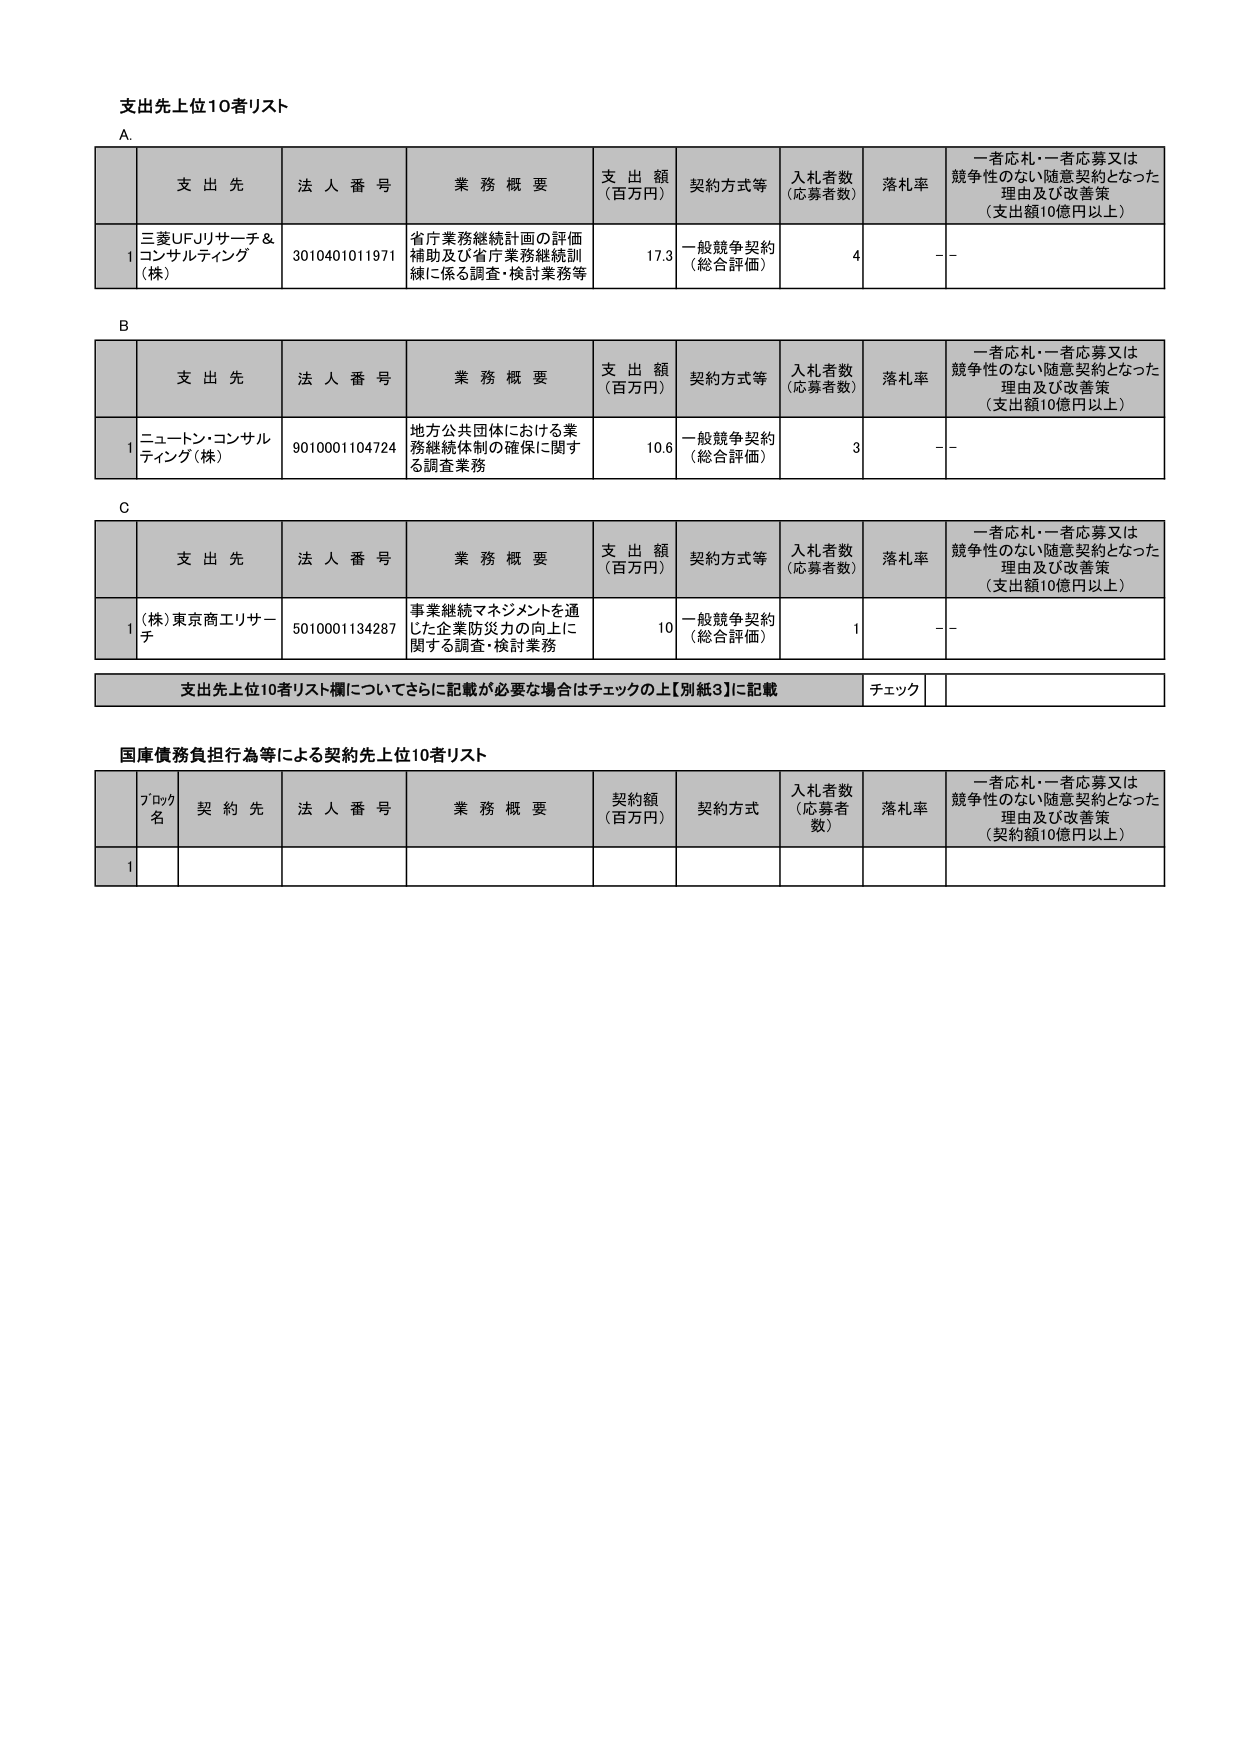
支出先上位10者リスト

A.
支 出 先 法 人 番 号 業 務 概 要 支 出 額 （百万円） 契約方式等 入札者数 （応募者数） 落札率 一者応札・一者応募又は 競争性のない随意契約となった 理由及び改善策 （支出額10億円以上）
1 三菱UFJリサーチ＆ コンサルティング （株） 3010401011971 省庁業務継続計画の評価 補助及び省庁業務継続訓 練に係る調査・検討業務等 17.3 一般競争契約 （総合評価） 4 －－

B
支 出 先 法 人 番 号 業 務 概 要 支 出 額 （百万円） 契約方式等 入札者数 （応募者数） 落札率 一者応札・一者応募又は 競争性のない随意契約となった 理由及び改善策 （支出額10億円以上）
1 ニュートン・コンサル ティング（株） 9010001104724 地方公共団体における業 務継続体制の確保に関す る調査業務 10.6 一般競争契約 （総合評価） 3 －－

C
支 出 先 法 人 番 号 業 務 概 要 支 出 額 （百万円） 契約方式等 入札者数 （応募者数） 落札率 一者応札・一者応募又は 競争性のない随意契約となった 理由及び改善策 （支出額10億円以上）
1 （株）東京商工リサー チ 5010001134287 事業継続マネジメントを通 じた企業防災力の向上に 関する調査・検討業務 10 一般競争契約 （総合評価） 1 －－

支出先上位10者リスト欄についてさらに記載が必要な場合はチェックの上【別紙3】に記載 チェック

国庫債務負担行為等による契約先上位10者リスト
プロック 名 契 約 先 法 人 番 号 業 務 概 要 契約額 （百万円） 契約方式 入札者数 （応募者 数） 落札率 一者応札・一者応募又は 競争性のない随意契約となった 理由及び改善策 （契約額10億円以上）
1